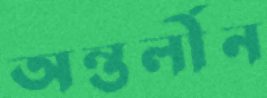
অন্তর্লীন